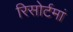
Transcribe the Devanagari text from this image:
रिसोर्टमां